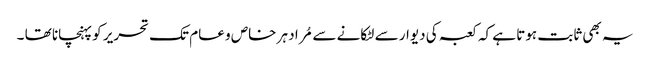
یہ بھی ثابت ہوتا ہے کہ کعبہ کی دیوار سے لٹکانے سے مُراد ہر خاص و عام تک تحریر کو پہنچانا تھا ۔